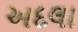
અદલા